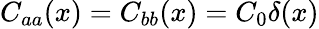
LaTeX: C_{aa}(x)=C_{bb}(x)=C_{0}\delta(x)